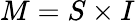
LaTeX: M=S\times I